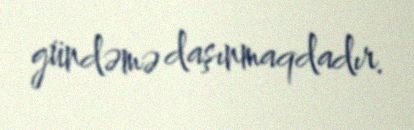
gündəmə daşınmaqdadır.